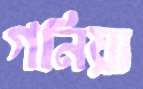
গনিয়া